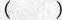
()